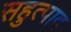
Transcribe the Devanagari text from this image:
सहुत्पाद